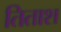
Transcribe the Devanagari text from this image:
तिताश